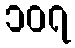
၁၀၇